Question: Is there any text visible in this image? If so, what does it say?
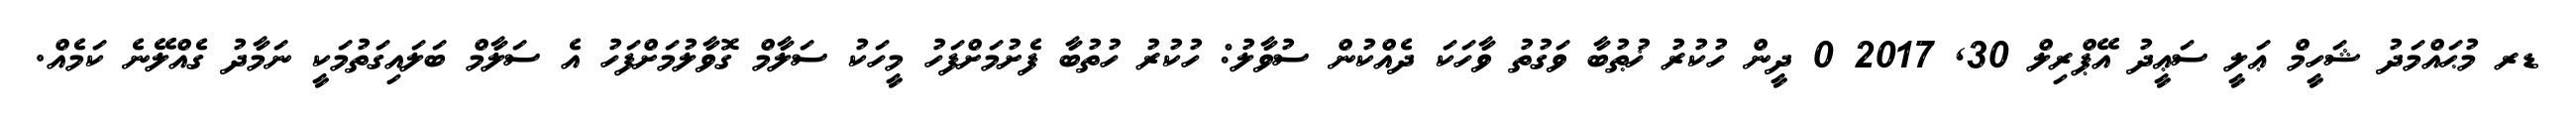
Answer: ޑރ މުޙައްމަދު ޝަހީމް ޢަލީ ސަޢީދު އޭޕްރިލް 30, 2017 0 ދީން ހުކުރު ޚުޠުބާ ވަގުތު ވާހަކަ ދެއްކުން ސުވާލު: ހުކުރު ހުތުބާ ފެށުމަށްފަހު މީހަކު ސަލާމް ގޮވާލުމަށްފަހު އެ ސަލާމް ބަލައިގަތުމަކީ ނަމާދު ގެއްލޭނެ ކަމެއް.